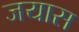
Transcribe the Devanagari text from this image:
जयास